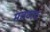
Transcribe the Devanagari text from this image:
मतवादः